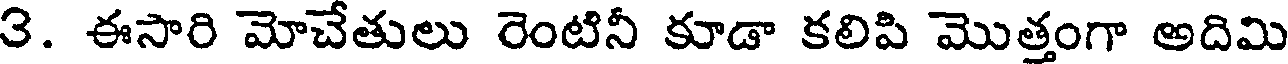
3. ఈసారి మోచేతులు రెంటినీ కూడా కలిపి మొత్తంగా అదిమి